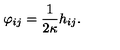
\varphi _ { i j } = \frac { 1 } { 2 \kappa } h _ { i j } .